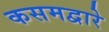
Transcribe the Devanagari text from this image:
कसमद्वारे